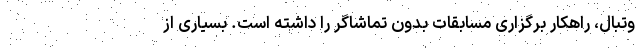
وتبال، راهکار برگزاری مسابقات بدون تماشاگر را داشته است. بسیاری از